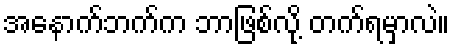
အနောက်ဘက်က ဘာဖြစ်လို့ တက်ရမှာလဲ။